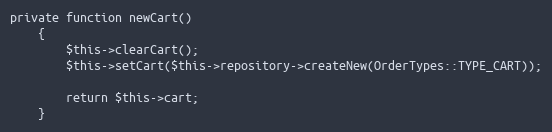
Language: PHP
private function newCart()
    {
        $this->clearCart();
        $this->setCart($this->repository->createNew(OrderTypes::TYPE_CART));

        return $this->cart;
    }